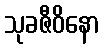
သုခဇီဝိနော